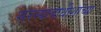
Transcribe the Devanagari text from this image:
सरन्यायाधीशांच्या